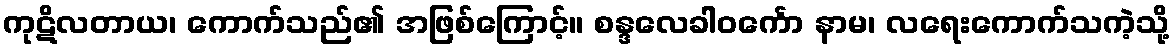
ကုဋိလတာယ၊ ကောက်သည်၏ အဖြစ်ကြောင့်။ စန္ဒလေခါဝင်္ကော နာမ၊ လရေးကောက်သကဲ့သို့